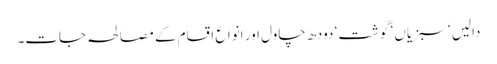
دالیں ‘ سبزیاں ‘ گوشت ‘ دودھ چاول اور انواع اقسام کے مصالحہ جات۔